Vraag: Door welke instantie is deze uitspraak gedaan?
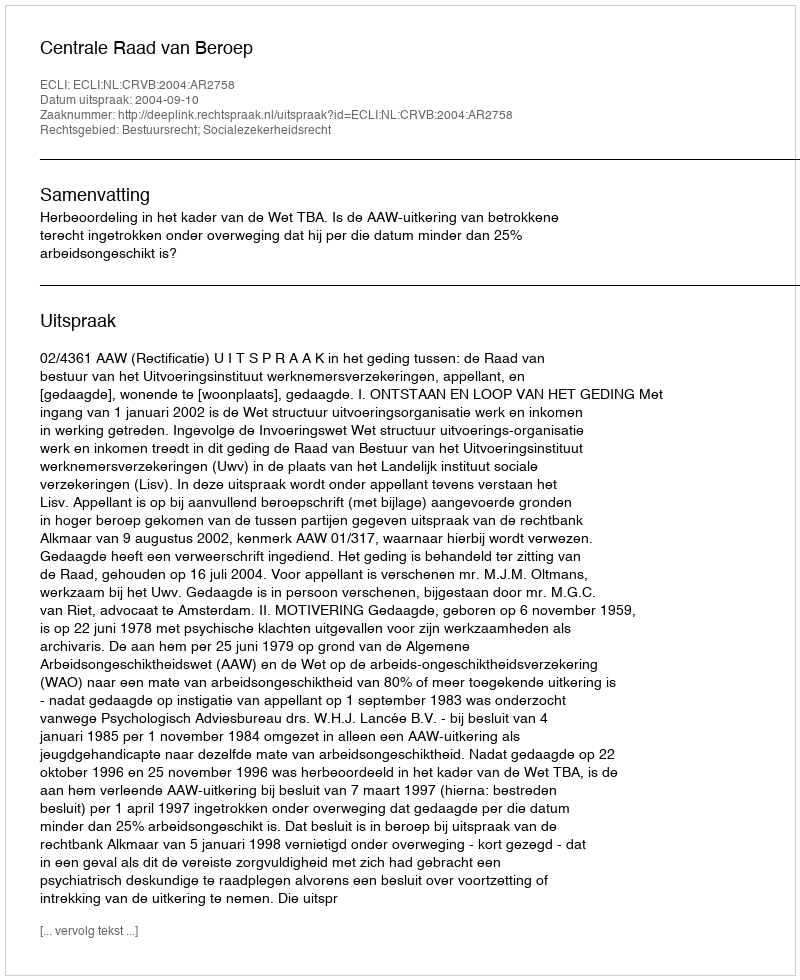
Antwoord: Centrale Raad van Beroep